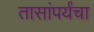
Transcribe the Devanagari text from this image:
तासांपर्यंचा